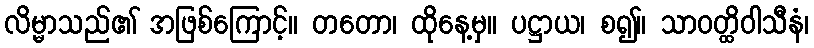
လိမ္မာသည်၏ အဖြစ်ကြောင့်။ တတော၊ ထိုနေ့မှ။ ပဋ္ဌာယ၊ စ၍။ သာဝတ္ထိဝါသီနံ၊